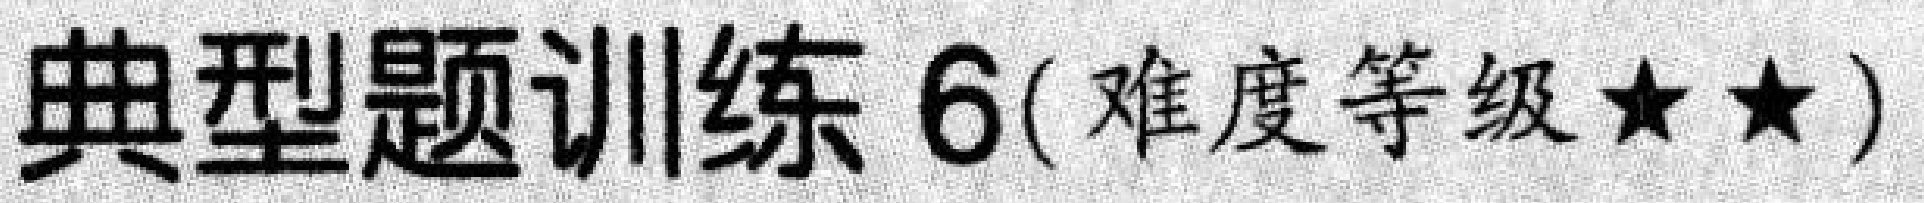
典型题训练 6(难度等级★★)